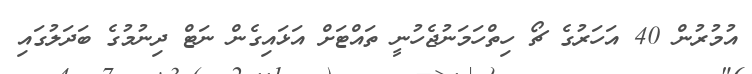
އުމުރުން 40 އަހަރުގެ ޗޯ ހިތްހަމަނުޖެހުނީ ތައްޓަށް އަޅައިގެން ނަޓް ދިނުމުގެ ބަދަލުގައި